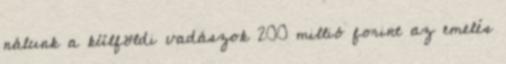
nálunk a külföldi vadászok 200 millió forint az emelés